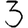
Digit: 3